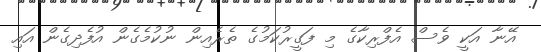
އޭނާ އަކީ ވެސް އެފްރިކާގެ މި ފަގީރުކަމުގެ ތެރެއިން ނުކުމެގެން އުފެދިގެން އައި